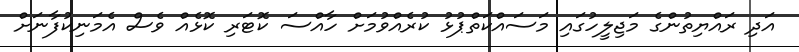
އަދި ރައްޔިތުންގެ މަޖިލީހުގައި މަސައްކަތްޕުޅު ކުރެއްވުމަށް ހާއްސަ ކޮޓަރި ކޮޅެއް ވެސް އެމަނިކުފާނަށް